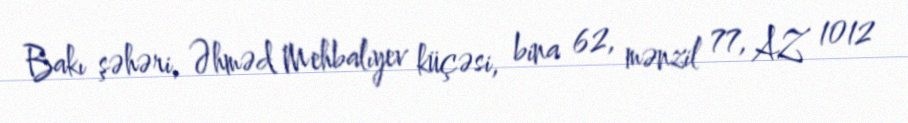
Bakı şəhəri, Əhməd Mehbalıyev küçəsi, bina 62, mənzil 77, AZ 1012